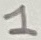
Text: 1